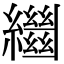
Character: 𦇓